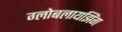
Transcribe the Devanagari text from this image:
ग्लोबलायझिंग